Indian journal of veterinary science and animal husbandry - Volume 6,
Year: 1936
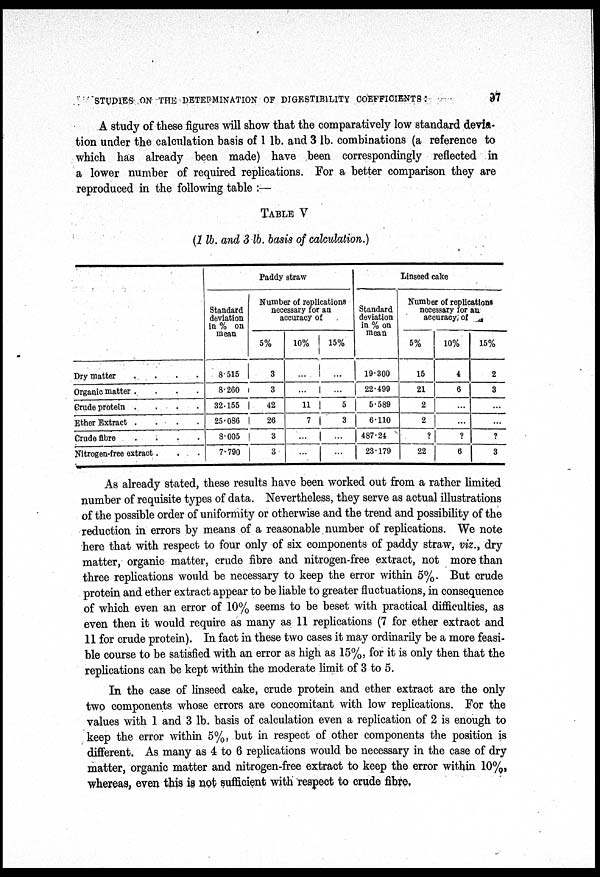
STUDIES ON THE DETERMINATION OF DIGESTIBILITY COEFFICIENTS
:
97
A study of these figures will show that the comparatively low standard devia-
tion under the calculation basis of 1 lb. and 3 lb. combinations (a reference to
which has already been made) have been correspondingly reflected in
a lower number of required replications. For a better comparison they are
reproduced in the following table :—
TABLE V
(1 lb. and 3 lb. basis of calculation.)
Dry matter
....
Organic matter
....
Crude protein
....
Ether Extract
....
Crude
fibre
....
Nitrogen-free extract...
Paddy straw
Standard
deviation
in % on
mean
8.515
8.260
32.155
25.086
8.005
7.790
Number of replications
necessary for an
accuracy of
5%
3
3
42
26
3
3
10%
...
...
11
7
...
...
15%
...
...
5
3
...
...
Standard
deviation
in % on
mean
19.300
22.499
5.589
6.110
487.24
23.179
Linseed cake
Number of replications
necessary for an
accuracy; of
5%
15
21
2
2
?
22
10%
4
6
...
...
?
6
15%
2
3
...
...
?
3
As already stated, these results have been worked out from a rather limited
number of requisite types of data. Nevertheless, they serve as actual illustrations
of the possible order of uniformity or otherwise and the trend and possibility of the
reduction in errors by means of a reasonable number of replications. We note
here that with respect to four only of six components of paddy straw, viz., dry
matter, organic matter, crude fibre and nitrogen-free extract, not more than
three replications would be necessary to keep the error within 5%. But crude
protein and ether extract appear to be liable to greater fluctuations, in consequence
of which even an error of 10% seems to be beset with practical difficulties, as
even then it would require as many as 11 replications (7 for ether extract and
11 for crude protein). In fact in these two cases it may ordinarily be a more feasi-
ble course to be satisfied with an error as high as 15%, for it is only then that the
replications can be kept within the moderate limit of 3 to 5.
In the case of linseed cake, crude protein and ether extract are the only
two components whose errors are concomitant with low replications. For the
values with 1 and 3 lb. basis of calculation even a replication of 2 is enough to
keep the error within 5%, but in respect of other components the position is
different. As many as 4 to 6 replications would be necessary in the case of dry
matter, organic matter and nitrogen-free extract to keep the error within 10%,
whereas, even this is not sufficient with respect to crude fibre,